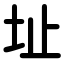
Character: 址